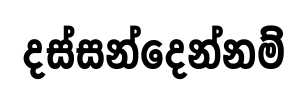
දස්සන්දෙන්නම්